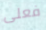
فعلى